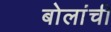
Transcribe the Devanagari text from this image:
बोलांची